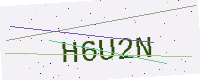
Text: H6U2N